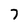
Character: 7